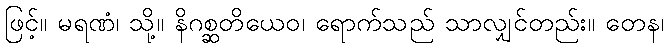
ဖြင့်။ မရဏံ၊ သို့။ နိဂစ္ဆတိယေဝ၊ ရောက်သည် သာလျှင်တည်း။ တေန၊